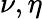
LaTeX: \nu,\eta